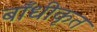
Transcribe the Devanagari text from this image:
बाँधीकृत